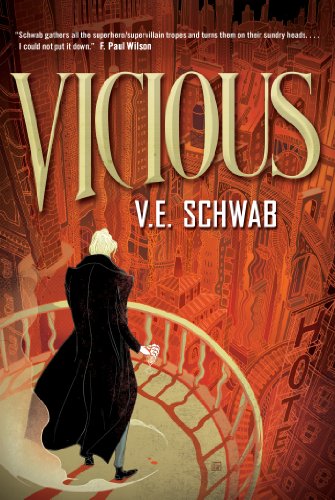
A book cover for Vicious; V. E. Schwab; Science Fiction & Fantasy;